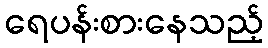
ရေပန်းစားနေသည့်